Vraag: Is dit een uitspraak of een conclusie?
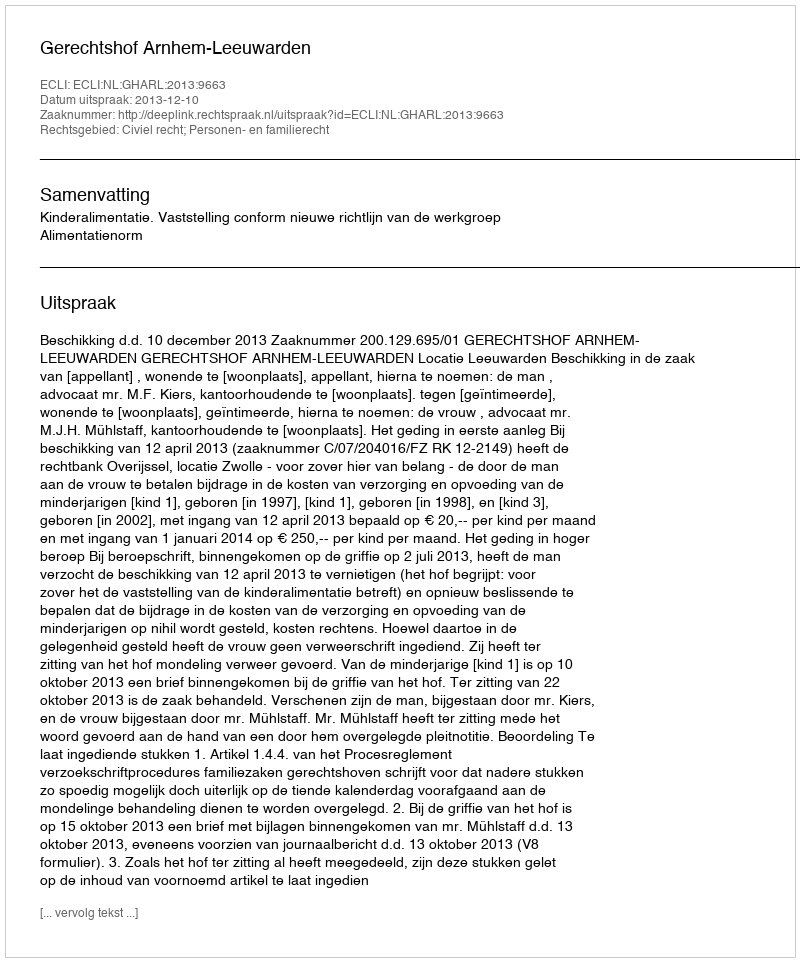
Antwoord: Uitspraak